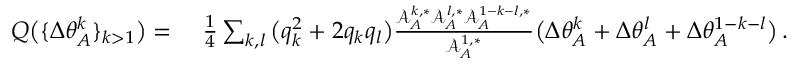
\begin{array} { r l } { Q \big ( \{ \Delta \theta _ { A } ^ { k } \} _ { k > 1 } \big ) = } & { ~ \frac { 1 } { 4 } \sum _ { k , l } \big ( q _ { k } ^ { 2 } + 2 q _ { k } q _ { l } \big ) \frac { \mathcal { A } _ { A } ^ { k , * } \mathcal { A } _ { A } ^ { l , * } \mathcal { A } _ { A } ^ { 1 - k - l , * } } { \mathcal { A } _ { A } ^ { 1 , * } } \big ( \Delta \theta _ { A } ^ { k } + \Delta \theta _ { A } ^ { l } + \Delta \theta _ { A } ^ { 1 - k - l } \big ) \, . } \end{array}